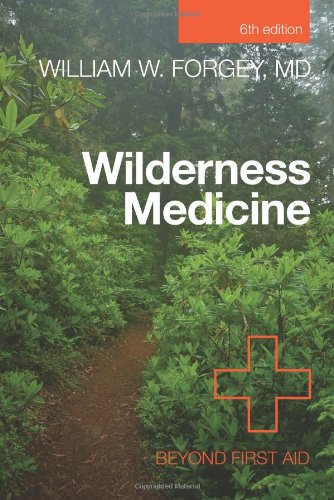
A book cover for Wilderness Medicine: Beyond First Aid; William W. Forgey M.D.; Health, Fitness & Dieting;